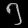
Digit: ၅